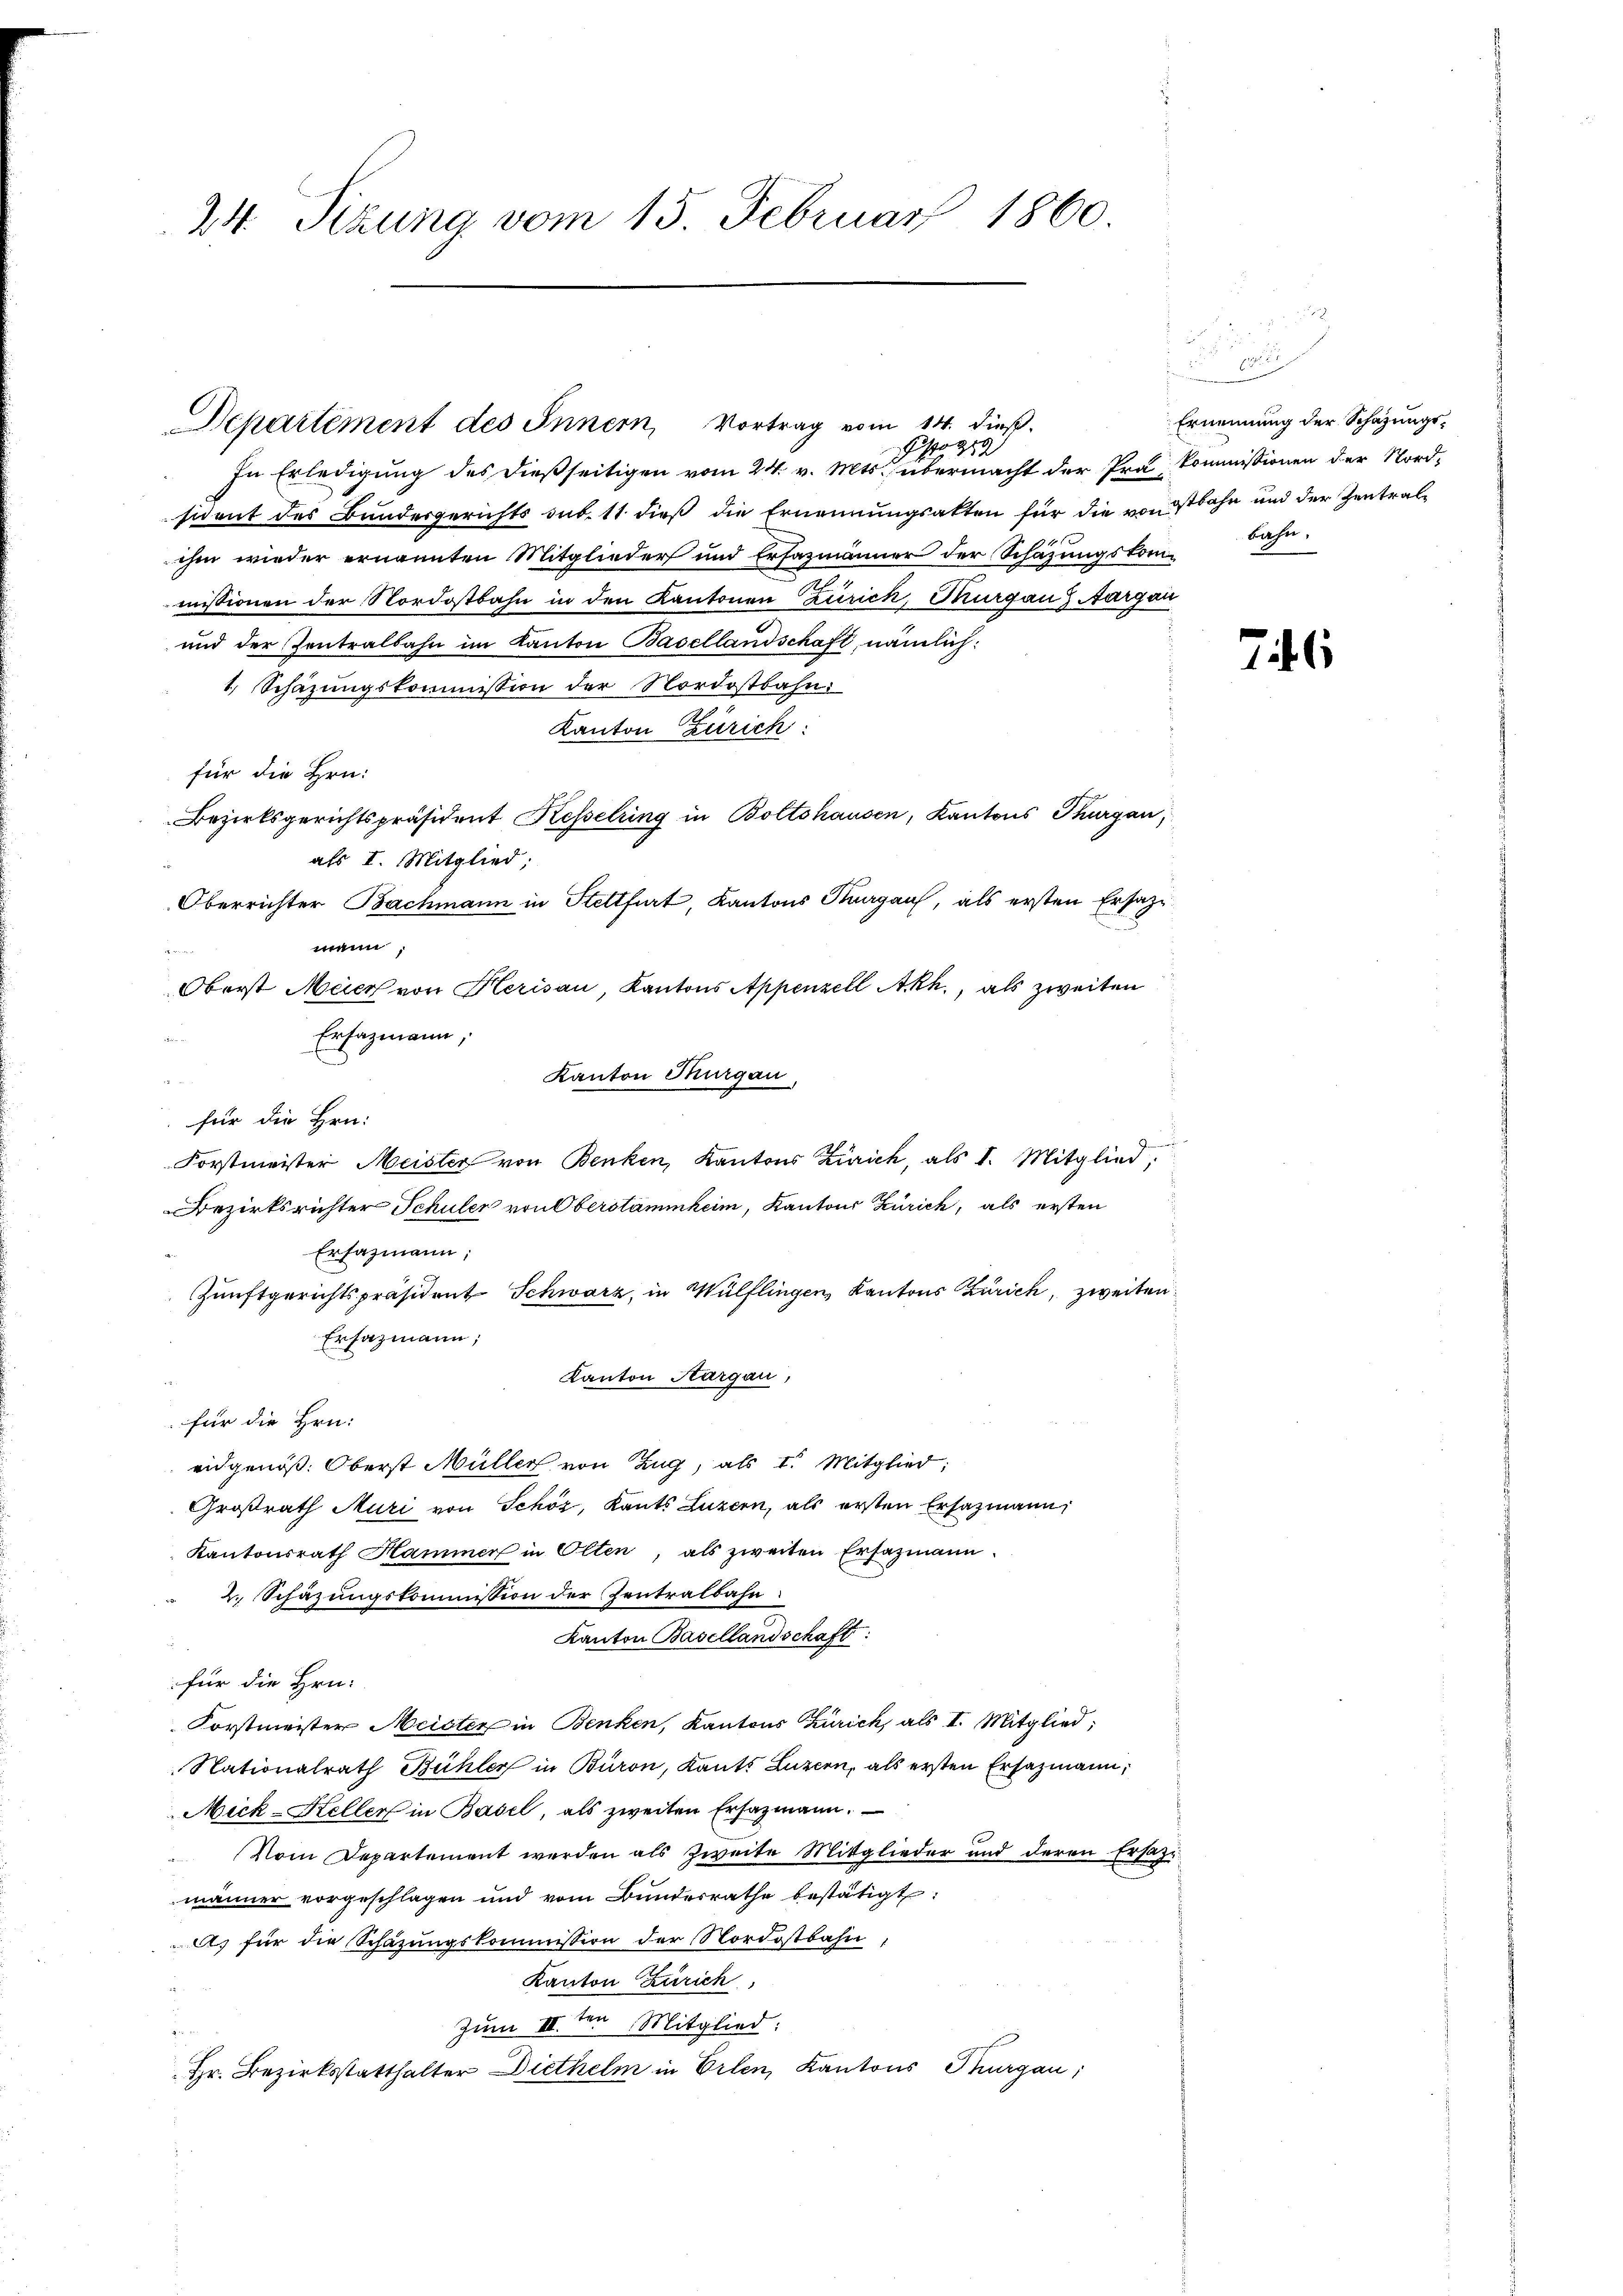
24. Sizung vom 15. Februar 1860.

Departement des Innern, Vortrag vom 14. dieß.

o
In Erledigung des dießseitigen vom 24. v. Mts. übermacht der Prä- Kommissionen der Nord-
sident des Bundesgerichts sub. 11 dieß die Ernennungsakten für die von ostbahn und der Zentralihm wieder ernannten Mitglieder und Ersazmänner der Schazungskom- bahn-
missionen der Nordostbahn in den Kantonen Zürich, Thurgau  Aargau
und der Zentralbahn im Kanton Basellandschaft, nämlich:
1. Schazungskommission der Nordostbahn
Kanton Zürich:
für die Hrn.
Bezirksgerichtspräsident Resselring in Boltshausen, Kantons Thurgau,
als I. Mitglied;
Oberrichter Bachmann in Stettfurt, Kantons Thurgau, als ersten Ersatzmann,
Oberst Meier von Herisau, Kantons Appenzell Akh., als zweiten
Erfazmann,

Kanton Thurgau,
für die Hrn.
h
Forstmeister Meister von Benken, Kantons Zürich, als I. Mitglied;
Bezirksrichter Schuler von Oberstammheim, Kantons Zürich, als ersten
Ersazmann;
Zunftgerichtspräsident Schwarz, in Wülflingen Kantons Zürich, zweiten
Ersazmann;
Kanton Aargau,
für die Hrn.
eidgenöß. Oberst Müller von Zug, als I. Mitglied;
Großrath Muri von Schör, Kants Luzern, als ersten Ersatzmann,
Kantonsrath Hammer in Olten, als zweiten Ersazmann
2.) Schäzungskommission der Zentralbahn
Kanton Basellandschaft:
für die Hrn.
Forstmeister Meister in Benken, Kantons Zürich, als II. Mitglied;
Nationalrath Bühler in Büron, Kants Luzern, als ersten Ersazmann,
Mick-Keller in Basel, als zweiten Ersazmann.
Vom Departement werden als zweite Mitglieder und deren Ersazmänner vorgeschlagen und vom Bundesrathe bestätigt:
A) für die Schazungskommission der Nordostbahn
Kanton Zürich,
Zum IIIten Mitglied:
Hr. Bezirksstatthalter Diethelm in Erlen, Kantons Thurgau;

2

n
Ernennung der Schazungs¬

7